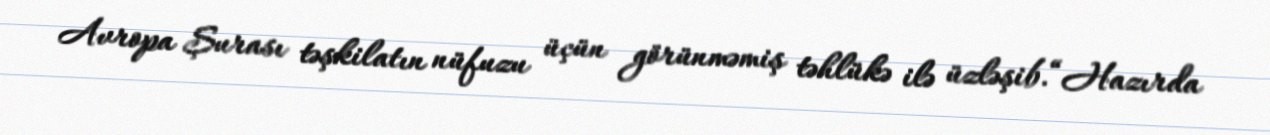
Avropa Şurası təşkilatın nüfuzu üçün görünməmiş təhlükə ilə üzləşib.“Hazırda